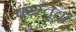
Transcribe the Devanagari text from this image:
वस्स्तूचा